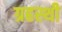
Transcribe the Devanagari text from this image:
ग्रहस्थी